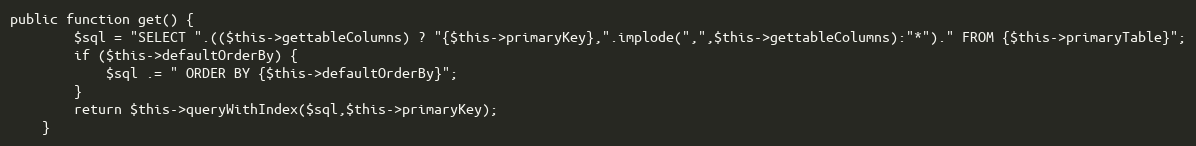
Language: PHP
public function get() {
		$sql = "SELECT ".(($this->gettableColumns) ? "{$this->primaryKey},".implode(",",$this->gettableColumns):"*")." FROM {$this->primaryTable}";
		if ($this->defaultOrderBy) {
			$sql .= " ORDER BY {$this->defaultOrderBy}";
		}
		return $this->queryWithIndex($sql,$this->primaryKey);
	}